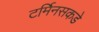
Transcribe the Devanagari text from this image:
टर्मिनसकडे